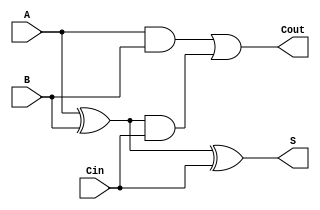
module tree_structured_full_adder (
    input wire A,      // First binary input
    input wire B,      // Second binary input
    input wire Cin,    // Carry input
    output wire S,     // Sum output
    output wire Cout   // Carry output
);

// Intermediate signals
wire Sum1;          // Intermediate sum
wire Carry1;        // Carry from A and B
wire Carry2;        // Carry from Sum1 and Cin

// First Level of Logic
assign Sum1 = A ^ B;            // Sum1 = A XOR B
assign Carry1 = A & B;          // Carry1 = A AND B

// Second Level of Logic
assign S = Sum1 ^ Cin;          // Final Sum S = Sum1 XOR Cin
assign Carry2 = Sum1 & Cin;     // Carry2 = Sum1 AND Cin

// Final Level of Logic
assign Cout = Carry1 | Carry2;  // Final Carry Cout = Carry1 OR Carry2

endmodule